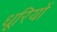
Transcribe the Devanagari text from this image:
धूरियों